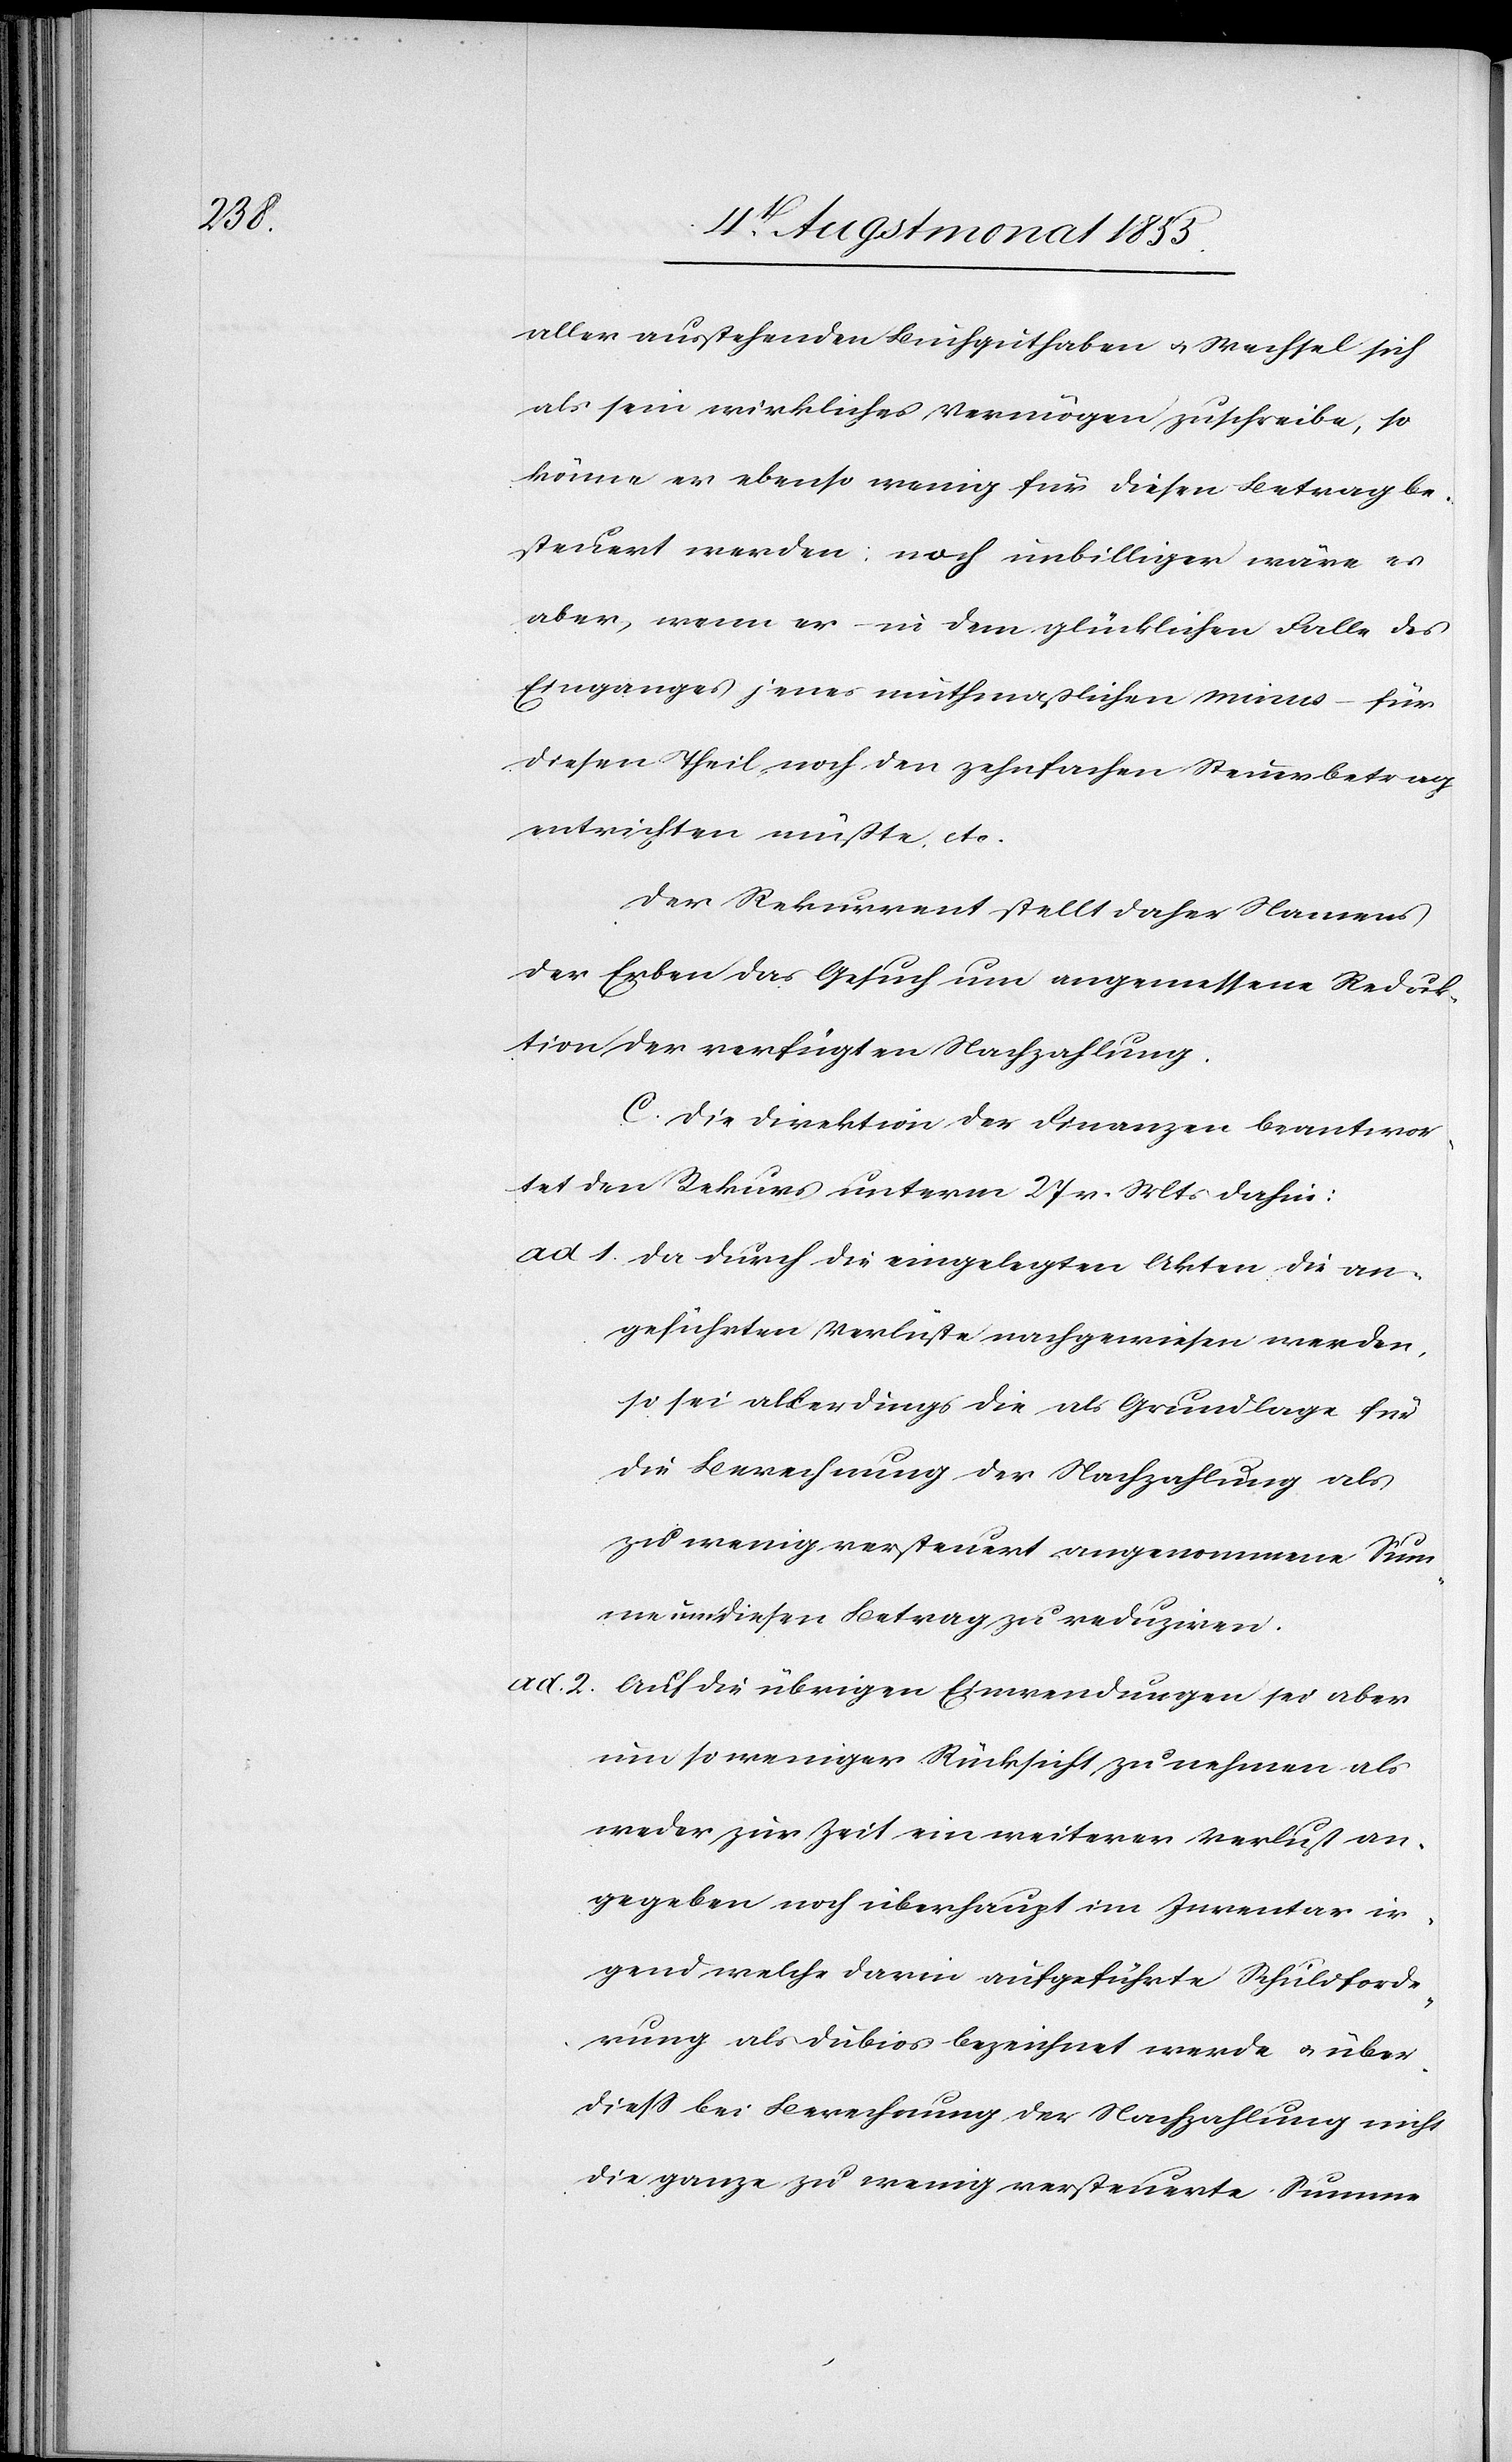
1.

aller ausstehenden Buchguthaben & Wechsel sich
als sein wirkliches Vermögen zuschreibe, so
könne er ebenso wenig für diesen Betrag be¬
steuert werden; noch unbilliger wäre es
aber, wenn er – in dem glücklichen Falle des
Einganges jenes muthmaßlichen minus – für
diesen Theil noch den zehnfachen Steuerbetrag
entrichten müßte, etc.
Der Rekurrent stellt daher Namens
der Erben das Gesuch um angemessene Reduk¬
tion der verfügten Nachzahlung.
C. Die Direktion der Finanzen beantwor¬
tet den Rekurs unterm 27 v. Mts dahin:
geführten Verlüste nachgewiesen werden,
so sei allerdings die als Grundlage für
die Berechnung der Nachzahlung als
zu wenig versteuert angenommene Su¬
mme um diesen Betrag zu reduziren.
ad. 2.
Auf die übrigen Einwendungen sei aber
um so weniger Rücksicht zu nehmen als
weder zur Zeit ein weiterer Verlust an¬
gegeben noch überhaupt im Inventar ir¬
gend welche darin aufgeführte Schuldforde¬
rung als dubios bezeichnet werde & über¬
diess bei Berechnung der Nachzahlung nicht
die ganze zu wenig versteuerte Summe